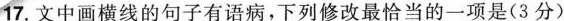
17.文中画横线的句子有语病，下列修改最恰当的一项是(3分)